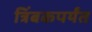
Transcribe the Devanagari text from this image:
त्रिंबकपर्यंत